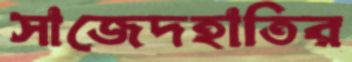
সাজেদহাতির